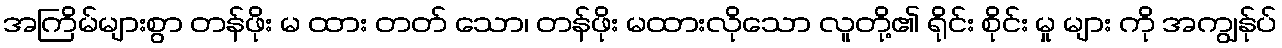
အကြိမ်များစွာ တန်ဖိုး မ ထား တတ် သော၊ တန်ဖိုး မထားလိုသော လူတို့၏ ရိုင်း စိုင်း မှု များ ကို အကျွန်ုပ်